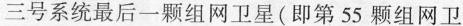
三号系统最后一颗组网卫星(即第55颗组网卫